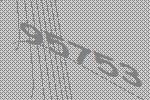
95753